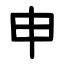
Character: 申